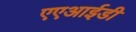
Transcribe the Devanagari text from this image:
एएआईडी